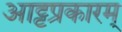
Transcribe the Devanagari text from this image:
आट्टप्रकारम्